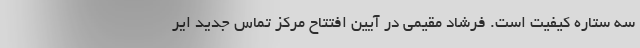
سه ستاره کیفیت است. فرشاد مقیمی در آیین افتتاح مرکز تماس جدید ایر